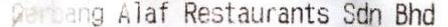
GERPANG ALAF RESTAURANTS SDN BHD